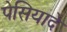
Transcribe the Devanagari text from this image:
पेसियादे